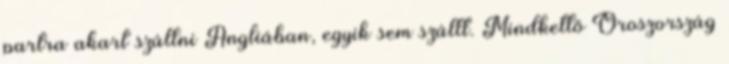
partra akart szállni Angliában, egyik sem szállt. Mindkettő Oroszország